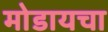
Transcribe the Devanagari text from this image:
मोडायचा